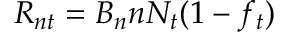
R _ { n t } = B _ { n } n N _ { t } ( 1 - f _ { t } )